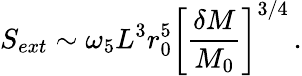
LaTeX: S_{ext}\sim\omega_{5}L^{3}r_{0}^{5}\left[{\frac{\delta M}{M_{0}}}\right]^{3/4}\, .